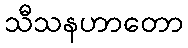
သီသနဟာတော